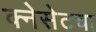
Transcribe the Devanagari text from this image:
क्नेसेटचा